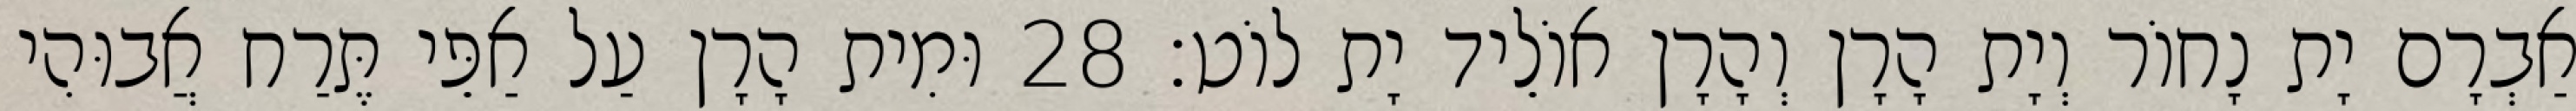
אַבְרָם יָת נָחוֹר וְיָת הָרָן וְהָרָן אוֹלֵיד יָת לוֹט׃ 28 וּמִית הָרָן עַל אַפֵּי תֶּרַח אֲבוּהִי